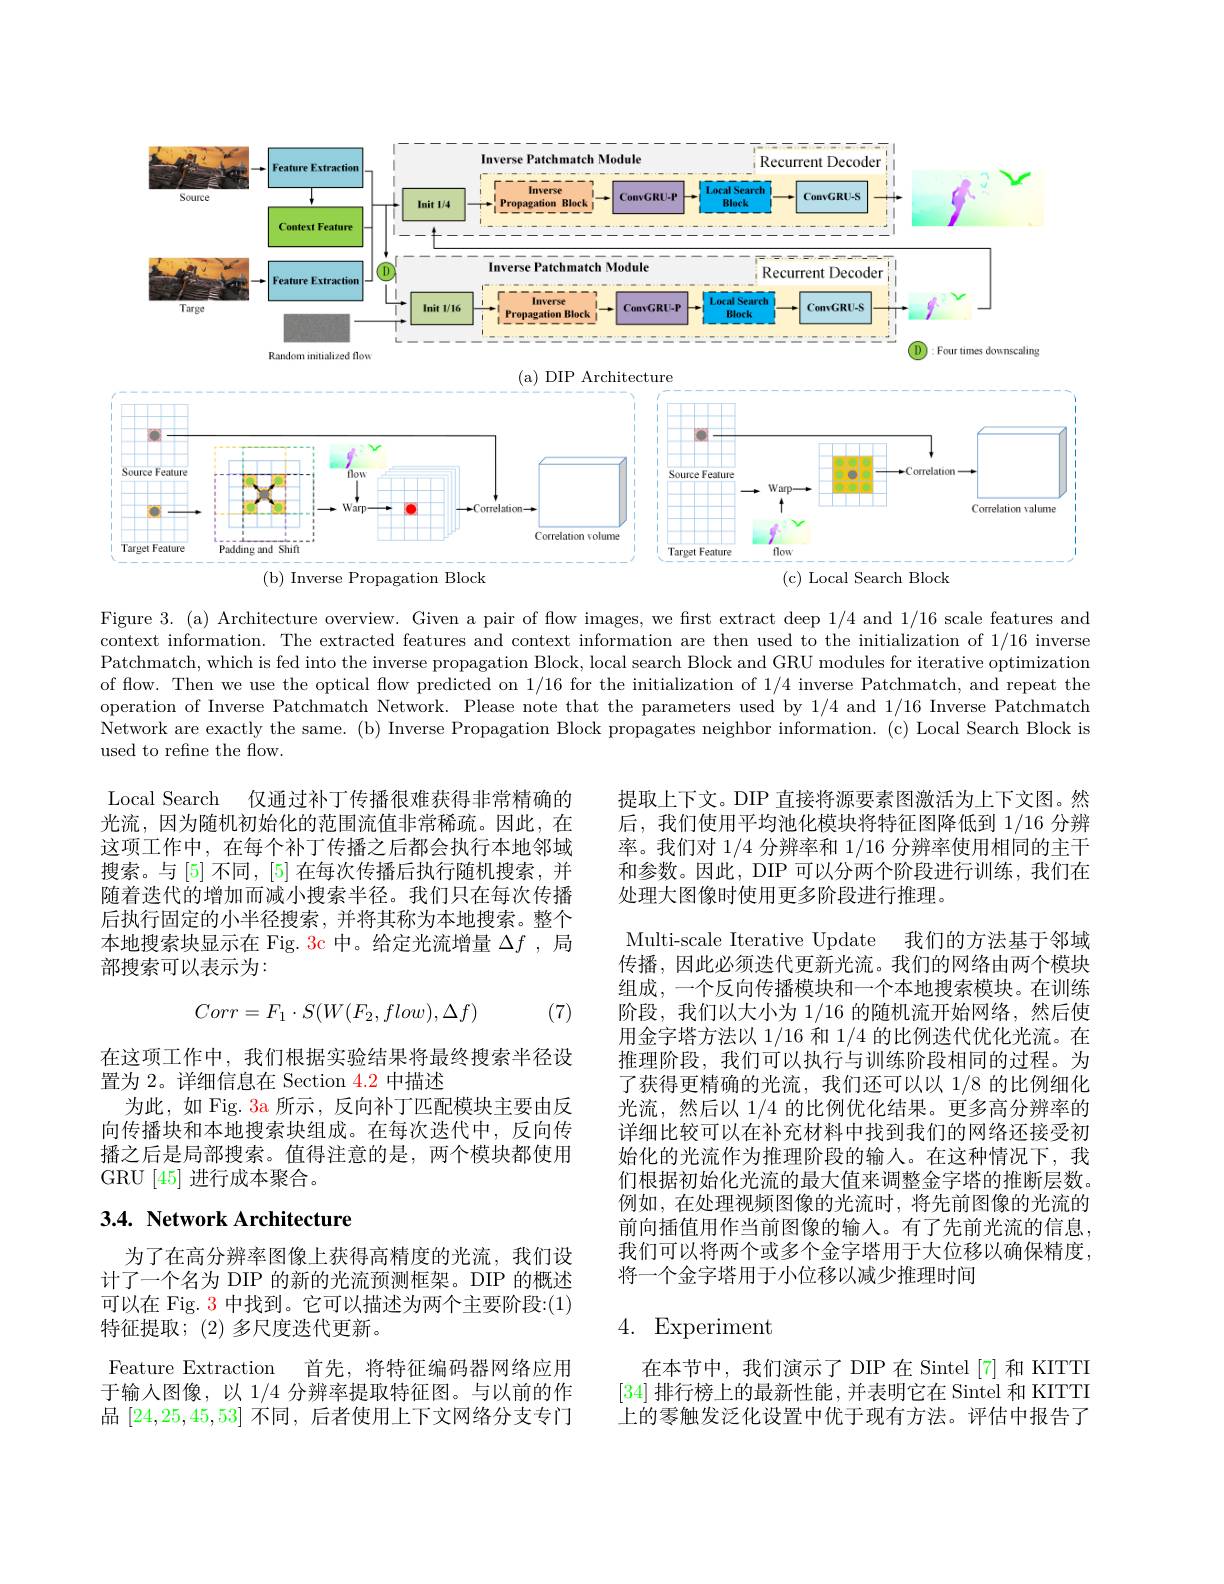
<FigureHere>

Figure 3. (a) Architecture overview. Given a pair of flow images, we first extract deep 1/4 and 1/16 scale features and context information. The extracted features and context information are then used to the initialization of 1/16 inverse Patchmatch, which is fed into the inverse propagation Block, local search Block and GRU modules for iterative optimization of flow. Then we use the optical flow predicted on 1/16 for the initialization of 1/4 inverse Patchmatch, and repeat the operation of Inverse Patchmatch Network. Please note that the parameters used by 1/4 and 1/16 Inverse Patchmatch Network are exactly the same. (b) Inverse Propagation Block propagates neighbor information. (c) Local Search Block is used to refine the flow.

Local Search 仅通过补丁传播很难获得非常精确的光流，因为随机初始化的范围流值非常稀疏。因此，在这项工作中，在每个补丁传播之后都会执行本地邻域搜索。与[5]不同，[5]在每次传播后执行随机搜索，并随着迭代的增加而减小搜索半径。我们只在每次传播后执行固定的小半径搜索，并将其称为本地搜索。整个本地搜索块显示在 Fig. 3c 中。给定光流增量$\Delta f$ ,局部搜索可以表示为：

(7)
$$Corr=F_1\cdot S(W(F_2,flow),\Delta f)$$
提取上下文。DIP 直接将源要素图激活为上下文图。然后，我们使用平均池化模块将特征图降低到 1/16 分辨率。我们对 1/4 分辨率和 1/16 分辨率使用相同的主干和参数。因此，DIP 可以分两个阶段进行训练，我们在处理大图像时使用更多阶段进行推理。
Multi-scale Iterative Update 我们的方法基于邻域传播，因此必须迭代更新光流。我们的网络由两个模块组成，一个反向传播模块和一个本地搜索模块。在训练阶段，我们以大小为 1/16 的随机流开始网络，然后使用金字塔方法以 1/16 和 1/4 的比例迭代优化光流。在推理阶段，我们可以执行与训练阶段相同的过程。为了获得更精确的光流，我们还可以以 1/8 的比例细化光流，然后以 1/4 的比例优化结果。更多高分辨率的详细比较可以在补充材料中找到我们的网络还接受初始化的光流作为推理阶段的输人。在这种情况下，我们根据初始化光流的最大值来调整金字塔的推断层数。例如，在处理视频图像的光流时，将先前图像的光流的前向插值用作当前图像的输入。有了先前光流的信息， 我们可以将两个或多个金字塔用于大位移以确保精度， 将一个金字塔用于小位移以减少推理时间

在这项工作中，我们根据实验结果将最终搜索半径设
置为 2。详细信息在 Section $\color{red}{4.2}$中描述
为此，如 Fig. 3a 所示，反向补丁匹配模块主要由反向传播块和本地搜索块组成。在每次迭代中，反向传播之后是局部搜索。值得注意的是，两个模块都使用GRU[45]进行成本聚合。

## 3.4. Network Architecture

### 4. Experiment

为了在高分辨率图像上获得高精度的光流，我们设计了一个名为 DIP 的新的光流预测框架。DIP 的概述可以在 Fig. 3 中找到。它可以描述为两个主要阶段：(1) 特征提取；(2)多尺度迭代更新。
Feature Extraction 首先，将特征编码器网络应用于输入图像，以 1/4 分辨率提取特征图。与以前的作品[24,25,45,53]不同，后者使用上下文网络分支专门

在本节中，我们演示了DIP在 Sintel[7]和 KITTI [34]排行榜上的最新性能，并表明它在 Sintel 和 KITTI 上的零触发泛化设置中优于现有方法。评估中报告了